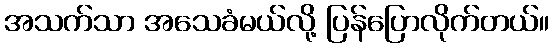
အသက်သာ အသေခံမယ်လို့ ပြန်ပြောလိုက်တယ်။